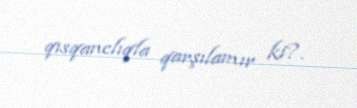
qısqanclıqla qarşılamır ki?.